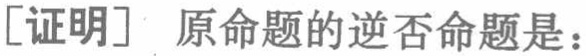
[证明] 原命题的逆否命题是：